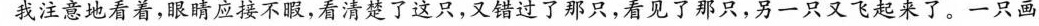
我注意地看着，眼睛应接不暇，看清楚了这只，又错过了那只，看见了那只，另一只又飞起来了。一只画